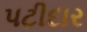
પટીદાર